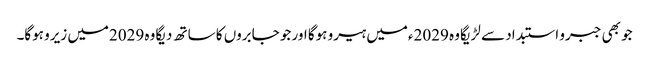
جو بھی جبرو استبداد سے لڑیگا وہ 2029ءمیں ہیرو ہوگا اور جو جابروں کا ساتھ دیگا وہ 2029میں زیرو ہوگا۔